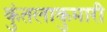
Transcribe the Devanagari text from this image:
कुंतलाकुमारी